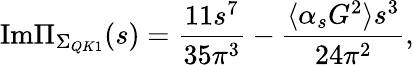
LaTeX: \mathrm{Im}\Pi_{\Sigma_{QK1}}(s)={\frac{11s^{7}}{35\pi^{3}}}-{\frac{\langle\alpha_{s}G^{2}\rangle s^{3}}{24\pi^{2}}},